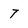
Character: 7